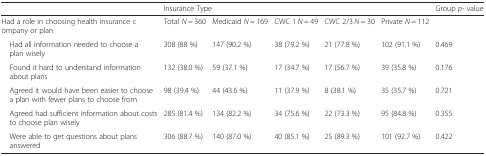
|  | <COLSPAN=5> Insurance Type | Group p- value |
 | --- | --- | --- | --- | --- | --- | --- |
 | Had a role in choosing health insurance company or plan | Total N = 360 | Medicaid N = 169 | CWC 1 N = 49 | CWC 2/3 N = 30 | Private N = 112 |  |
 | Had all information needed to choose a plan wisely | 308 (88 %) | 147 (90.2 %) | 38 (79.2 %) | 21 (77.8 %) | 102 (91.1 %) | 0.469 |
 | Found it hard to understand information about plans | 132 (38.0 %) | 59 (37.1 %) | 17 (34.7 %) | 17 (56.7 %) | 39 (35.8 %) | 0.176 |
 | Agreed it would have been easier to choose a plan with fewer plans to choose from | 98 (39.4 %) | 44 (43.6 %) | 11 (37.9 %) | 8 (38.1 %) | 35 (35.7 %) | 0.721 |
 | Agreed had sufficient information about costs to choose plan wisely | 285 (81.4 %) | 134 (82.2 %) | 34 (75.6 %) | 22 (73.3 %) | 95 (84.8 %) | 0.355 |
 | Were able to get questions about plans answered | 306 (88.7 %) | 140 (87.0 %) | 40 (85.1 %) | 25 (89.3 %) | 101 (92.7 %) | 0.422 |